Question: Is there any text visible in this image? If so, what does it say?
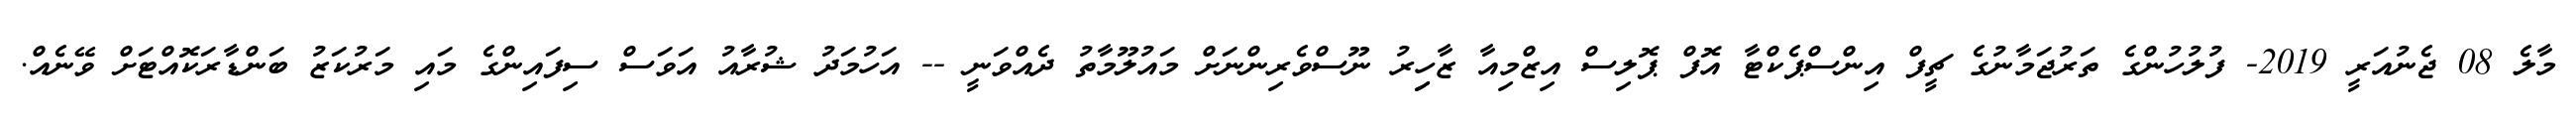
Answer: މާލެ 08 ޖެނުއަރީ 2019- ފުލުހުންގެ ތަރުޖަމާނުގެ ޗީފް އިންސްޕެކްޓާ އޮފް ޕޮލިސް އިޒްމިއާ ޒާހިިރު ނޫސްވެރިންނަށް މައުލޫމާތު ދެއްވަނީ -- އަހުމަދު ޝުރާއު އަވަސް ސިފައިންގެ މައި މަރުކަޒު ބަންޑާރަކޮއްޓަށް ވޭނެއް.